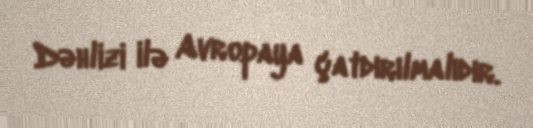
Dəhlizi ilə Avropaya çatdırılmalıdır.